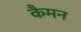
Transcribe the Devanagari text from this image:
कैमन